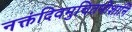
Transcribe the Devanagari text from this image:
नक्तंदिवमुचितमीशानि